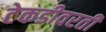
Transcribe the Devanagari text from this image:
टेकडीवरती